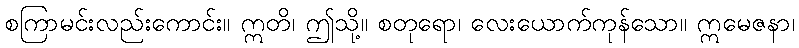
စကြာမင်းလည်းကောင်း။ ဣတိ၊ ဤသို့။ စတုရော၊ လေးယောက်ကုန်သော။ ဣမေဇနာ၊